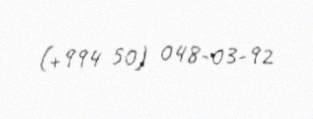
(+994 50) 048-03-92